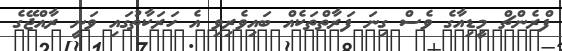
ފްރެންޗް މީޑިއާގެ ވެސް ގިނަ ފަރާތްތަކެއް ބައިވެރިވި އެ ހަރަކާތުގައި ވަނީ ރާއްޖޭގެ